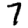
Digit: 7